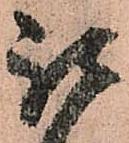
被